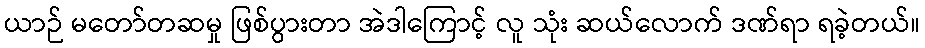
ယာဉ် မတော်တဆမှု ဖြစ်ပွားတာ အဲဒါကြောင့် လူ သုံး ဆယ်လောက် ဒဏ်ရာ ရခဲ့တယ်။